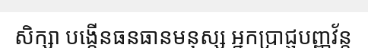
សិក្សា បង្កើនធនធានមនុស្ស អ្នកប្រាជ្ញបញ្ញវ័ន្ត